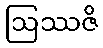
ဩဿဇိ